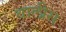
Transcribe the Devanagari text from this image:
वालीस